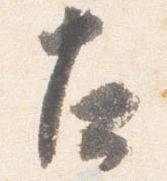
左